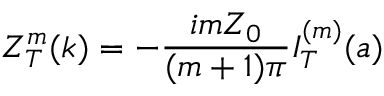
Z _ { T } ^ { m } ( k ) = - \frac { i m Z _ { 0 } } { ( m + 1 ) \pi } I _ { T } ^ { ( m ) } ( a )